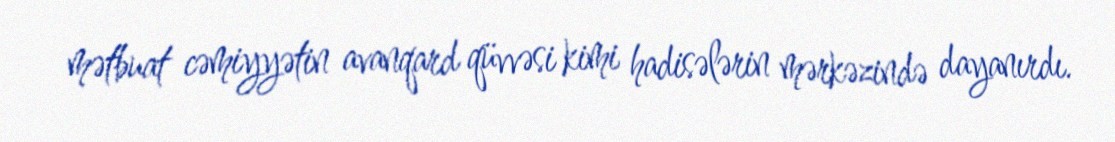
mətbuat cəmiyyətin avanqard qüvvəsi kimi hadisələrin mərkəzində dayanırdı.